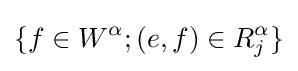
\{f\in W^{\alpha };(e,f)\in R_{j}^{\alpha }\}